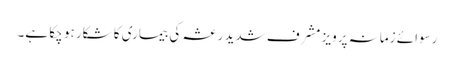
رسوائے زمانہ پرویز مشرف شدید رعشہ کی بیماری کا شکار ہو چکا ہے۔